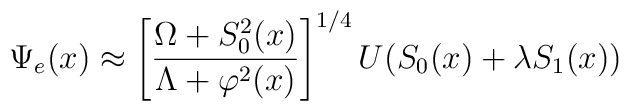
\Psi_e(x) \approx\left[\frac{\Omega + S_0^2(x)}{\Lambda + \varphi^2(x)}\right]^{1/4}U(S_0(x) + \lambda S_1(x))